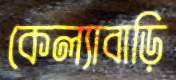
কেল্যাবাড়ি